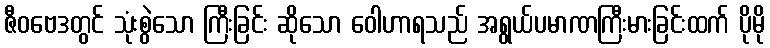
ဇီဝဗေဒတွင် သုံးစွဲသော ကြီးခြင်း ဆိုသော ဝေါဟာရသည် အရွယ်ပမာဏကြီးမားခြင်းထက် ပိုမို